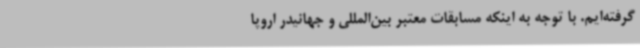
گرفته‌ایم. با توجه به اینکه مسابقات معتبر بین‌المللی و جهانیدر اروپا